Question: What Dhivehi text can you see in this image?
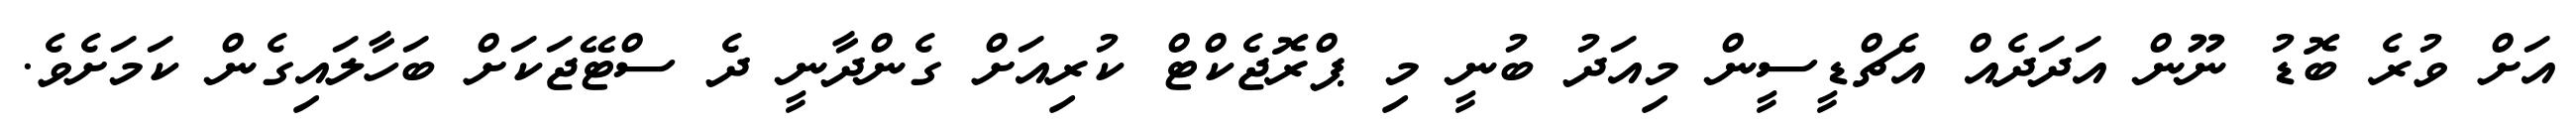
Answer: އަށް ވުރެ ބޮޑު ނޫން އަދަދެއް އެޗްޑީސީން މިއަދު ބުނީ މި ޕްރޮޖެކްޓް ކުރިއަށް ގެންދާނީ ދެ ސްޓޭޖަކަށް ބަހާލައިގެން ކަމަށެވެ.